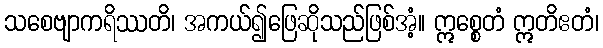
သစေဗျာကရိဿတိ၊ အကယ်၍ဖြေဆိုသည်ဖြစ်အံ့။ ဣစ္စေတံ ဣတိဧတံ၊